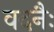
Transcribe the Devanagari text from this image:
वदनैः